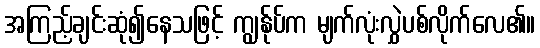
အကြည့်ချင်းဆုံ၍နေသဖြင့် ကျွန်ုပ်က မျက်လုံးလွှဲပစ်လိုက်လေ၏။